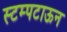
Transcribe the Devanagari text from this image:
स्टम्पटाऊन